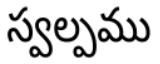
స్వల్పము